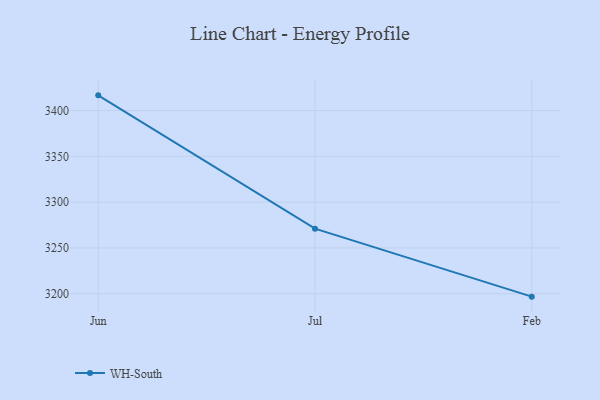
{"axis": {"x": "Month", "y": "Operating Costs (USD K)"}, "legend": ["WH-South"], "data": [{"x": "Jun", "y": 3416.6, "type": "WH-South"}, {"x": "Jul", "y": 3271.0, "type": "WH-South"}, {"x": "Feb", "y": 3196.8, "type": "WH-South"}]}